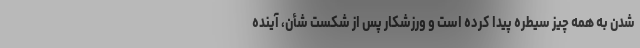
شدن به همه چیز سیطره پیدا کرده است و ورزشکار پس از شکست شأن، آینده